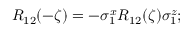
R _ { 1 2 } ( - \zeta ) = - \sigma _ { 1 } ^ { x } R _ { 1 2 } ( \zeta ) \sigma _ { 1 } ^ { z } ;